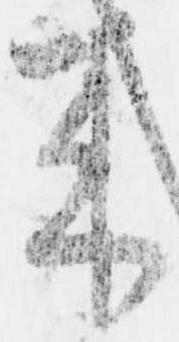
来